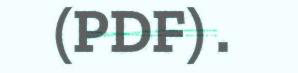
(PDF) .